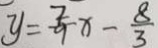
y = \frac { 7 } { 9 } x - \frac { 8 } { 3 }